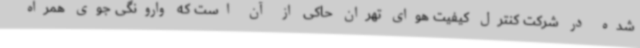
شده در شرکت کنترل کیفیت هوای تهران حاکی از آن است که وارونگی جوی همراه